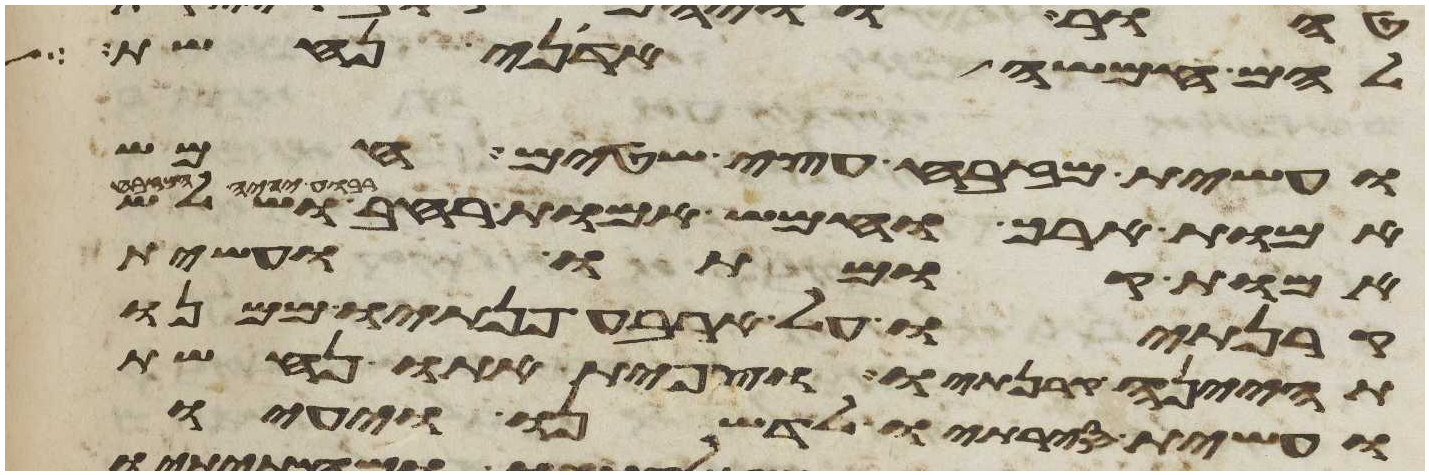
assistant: להם חמשה אדני נחשת
ועשית מזבח עצי שטים חמש
אמות ארך וחמש אמות רחב ושלש
אמות קומתו ועשית
קרנתיו על ארבע פנתיו ממנו
תהינה קרנתיו וצפית אתו נחשת
ועשית סירתיו לדשנו ויעיו